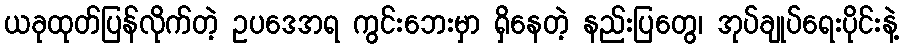
ယခုထုတ်ပြန်လိုက်တဲ့ ဥပဒေအရ ကွင်းဘေးမှာ ရှိနေတဲ့ နည်းပြတွေ၊ အုပ်ချုပ်ရေးပိုင်းနဲ့